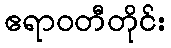
ဧရာဝတီတိုင်း